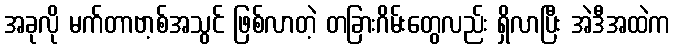
အခုလို မက်တာဗာ့စ်အသွင် ဖြစ်လာတဲ့ တခြားဂိမ်းတွေလည်း ရှိလာပြီး အဲဒီအထဲက